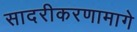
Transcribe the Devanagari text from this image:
सादरीकरणामागे